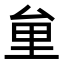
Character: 𠫶